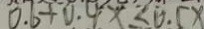
0 . 6 + 0 . 4 x \leq 0 . 5 x